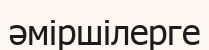
әміршілерге